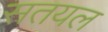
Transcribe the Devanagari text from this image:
सतयल